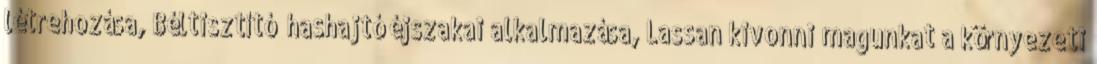
létrehozása, Béltisztító hashajtó éjszakai alkalmazása, Lassan kivonni magunkat a környezeti